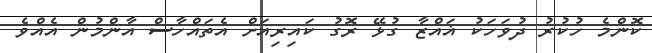
ކޮންމެ ހުކުރު ދުވަހަކު ޣައްޒާ ގުޅޭ ރޮގު ކައިރިއަށް އެތައްހާސް އާންމުން އެއްވެ